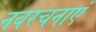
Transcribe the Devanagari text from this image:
नवरचनाएं